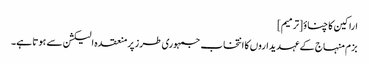
اراکین کا چناؤ[ترمیم]
بزم منہاج کے عہدیداروں کا انتخاب جمہوری طرز پرمنعقدہ الیکشن سے ہوتا ہے۔